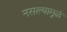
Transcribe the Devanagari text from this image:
नसल्यामुळं